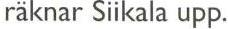
räknar Siikala upp.